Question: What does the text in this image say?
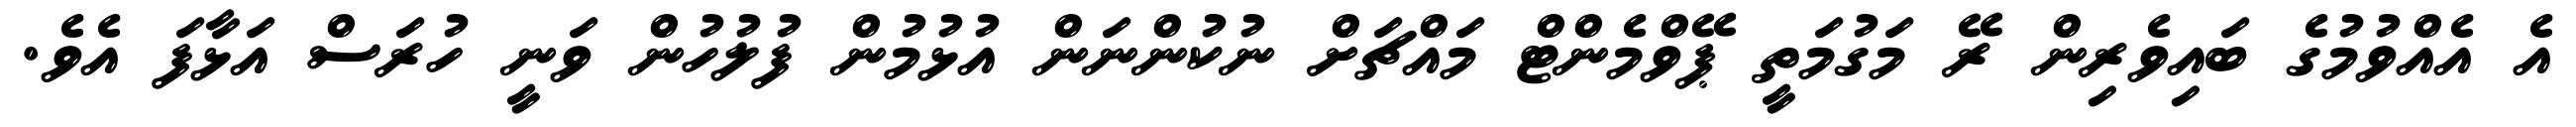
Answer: އެ އެއްވުމުގެ ބައިވެރިން ރޭ މަގުމަތީ ޕޭވްމެންޓް މައްޗަށް ނުކުންނަން އުޅުމުން ފުލުހުން ވަނީ ހުރަސް އަޅާފަ އެވެ.